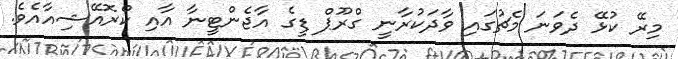
މިރޭ ކުޅޭ ދެވަނަ މެޗުގައި ވާދަކުރާނީ ގްރޫޕް ޑީގެ އާޖެންޓީނާ އާއި ކްރޮއޭޝިއާއެވެ.